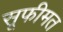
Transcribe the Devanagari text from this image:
सूफीमत